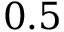
0 . 5